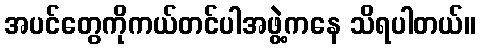
အပင်တွေကိုကယ်တင်ပါအဖွဲ့ကနေ သိရပါတယ်။